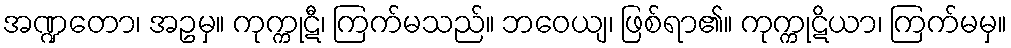
အဏ္ဍတော၊ အဥမှ။ ကုက္ကုဋီ၊ ကြက်မသည်။ ဘဝေယျ၊ ဖြစ်ရာ၏။ ကုက္ကုဋိယာ၊ ကြက်မမှ။